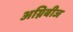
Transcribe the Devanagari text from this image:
अग्निबीज